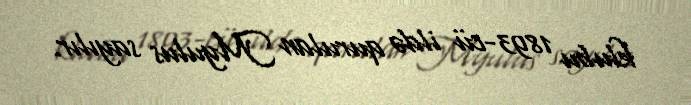
klubu 1893-cü ildə qurulan Myulus sayılır.